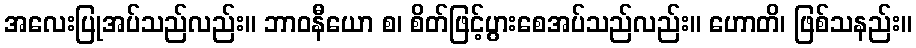
အလေးပြုအပ်သည်လည်း။ ဘာဝနီယော စ၊ စိတ်ဖြင့်ပွားစေအပ်သည်လည်း။ ဟောတိ၊ ဖြစ်သနည်း။